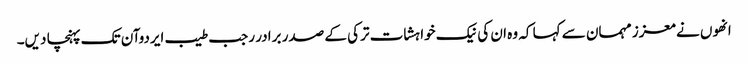
انھوں نے معزز مہمان سے کہا کہ وہ ان کی نیک خواہشات ترکی کے صدر برادر رجب طیب ایردوآن تک پہنچا دیں۔